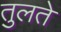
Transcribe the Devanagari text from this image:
तुलते